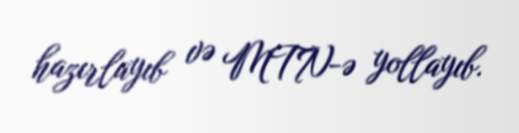
hazırlayıb və MTN-ə yollayıb.